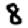
Digit: 8